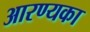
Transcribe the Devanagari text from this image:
आरण्यका